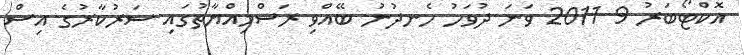
އޮކްޓޯބަރު 9 2011 ވަނަ ދުވަހު ހެނދުނު ބޭއްވި ރަސްމިއްޔާތުގައި ސަރުކާރުގެ އިސް